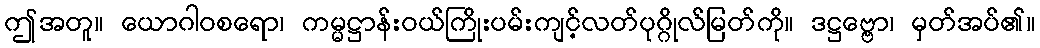
ဤအတူ။ ယောဂါဝစရော၊ ကမ္မဋ္ဌာန်းဝယ်ကြိုးပမ်းကျင့်လတ်ပုဂ္ဂိုလ်မြတ်ကို။ ဒဋ္ဌဗ္ဗော၊ မှတ်အပ်၏။